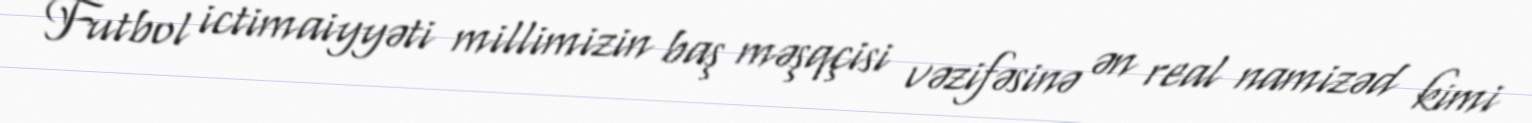
- Futbol ictimaiyyəti millimizin baş məşqçisi vəzifəsinə ən real namizəd kimi